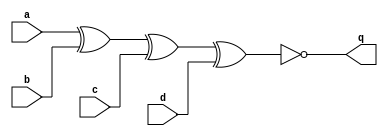
module top_module (
    input a,
    input b,
    input c,
    input d,
    output q );//

    assign q = ~(a^b^c^d); // Fix me

endmodule
// made truth table and then K-Map